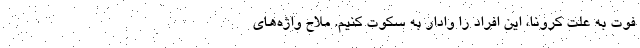
فوت به علت کرونا، این افراد را وادار به سکوت کنیم. ملّاحِ واژه‌های